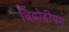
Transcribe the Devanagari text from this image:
विद्रोहीपन